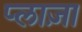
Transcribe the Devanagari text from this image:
प्‍लाज़ा